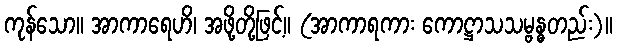
ကုန်သော။ အာကာရေဟိ၊ အဖို့တို့ဖြင့်။ (အာကာရကား ကောဋ္ဌာသသမ္ဗန္ဓတည်း)။